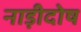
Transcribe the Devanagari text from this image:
नाड़ीदोष